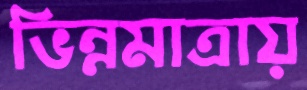
ভিন্নমাত্রায়